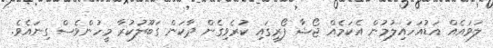
ލަވައެއް އަޑުއަހައިލުމުން އެކަމެއް ޖޯޝާ ފޯރީގައި ކުރެވިގެން ދާކަން ގަބޫލުކުރާ މީހުންވެސް ގިނައެވެ.